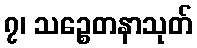
၇၊ သဉ္စေတနာသုတ်